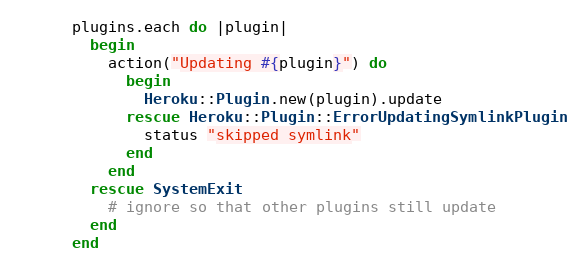
Language: Ruby
      plugins.each do |plugin|
        begin
          action("Updating #{plugin}") do
            begin
              Heroku::Plugin.new(plugin).update
            rescue Heroku::Plugin::ErrorUpdatingSymlinkPlugin
              status "skipped symlink"
            end
          end
        rescue SystemExit
          # ignore so that other plugins still update
        end
      end